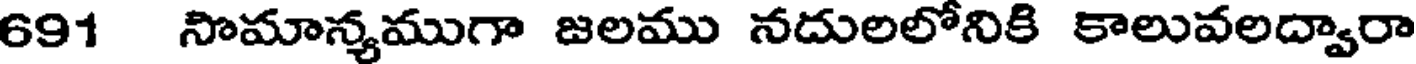
691 నొమాన్యముగా జలము నదులలోనికి కాలువలద్వారా